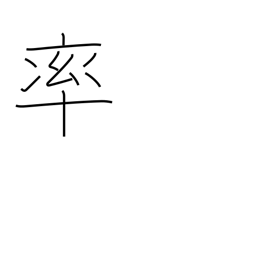
Meaning: spearhead